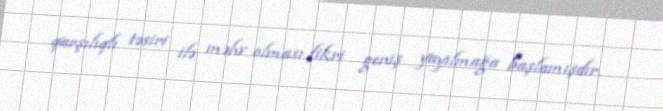
qarşılıqlı təsiri ilə məhv olması fikri geniş yayılmağa başlamışdır.